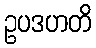
ဥပဒဟတိ